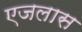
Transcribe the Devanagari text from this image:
एजलास